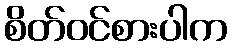
စိတ်ဝင်စားပါက